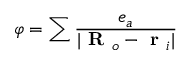
\varphi = \sum \frac { e _ { a } } { | \textbf { R } _ { o } - \textbf { r } _ { i } | }